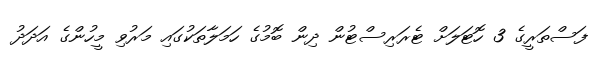
ފަސްތަރީގެ 3 ހޮޓަލަށް ޓެރަރިސްޓުން ދިން ބޮމުގެ ހަމަލާތަކުގައި މަރުވި މީހުންގެ އަދަދު